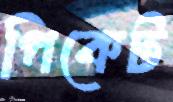
পিকেট